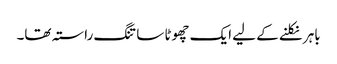
باہر نکلنے کے لیے ایک چھوٹا سا تنگ راستہ تھا۔